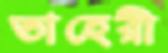
তাহেরী